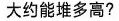
大约能堆多高?